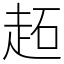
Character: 䞠